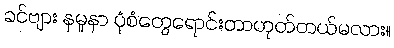
ခင်ဗျား နမူနာ ပုံစံတွေရောင်းတာဟုတ်တယ်မလား။